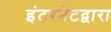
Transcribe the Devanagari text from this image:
इंटरनेटद्वारा